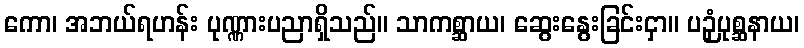
ကော၊ အဘယ်ရဟန်း ပုဏ္ဏားပညာရှိသည်။ သာကစ္ဆာယ၊ ဆွေးနွေးခြင်းငှာ။ ပဉှံပုစ္ဆနာယ၊